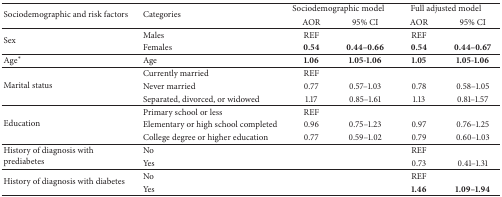
| <ROWSPAN=2> Sociodemographic and risk factors | <ROWSPAN=2> Categories | <COLSPAN=2> Sociodemographic model | <COLSPAN=2> Full adjusted model |
 | AOR | 95% CI | AOR | 95% CI |
 | --- | --- | --- | --- | --- | --- |
 | <ROWSPAN=2> Sex | Males | REF |  | REF |  |
 | Females | 0.54 | 0.44–0.66 | 0.54 | 0.44–0.67 |
 | Age∗ | Age | 1.06 | 1.05-1.06 | 1.05 | 1.05-1.06 |
 | <ROWSPAN=3> Marital status | Currently married | REF |  |  |  |
 | Never married | 0.77 | 0.57–1.03 | 0.78 | 0.58–1.05 |
 | Separated, divorced, or widowed | 1.17 | 0.85–1.61 | 1.13 | 0.81–1.57 |
 | <ROWSPAN=3> Education | Primary school or less | REF |  |  |  |
 | Elementary or high school completed | 0.96 | 0.75–1.23 | 0.97 | 0.76–1.25 |
 | College degree or higher education | 0.77 | 0.59–1.02 | 0.79 | 0.60–1.03 |
 | <ROWSPAN=2> History of diagnosis with prediabetes | No |  |  | REF |  |
 | Yes |  |  | 0.73 | 0.41–1.31 |
 | <ROWSPAN=2> History of diagnosis with diabetes | No |  |  | REF |  |
 | Yes |  |  | 1.46 | 1.09–1.94 |